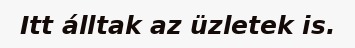
Itt álltak az üzletek is.